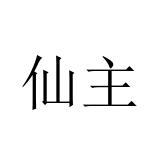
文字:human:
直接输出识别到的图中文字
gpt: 仙主